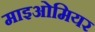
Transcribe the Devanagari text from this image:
माइओमियर